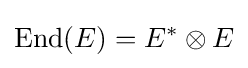
\mathrm {End} (E)=E^{*}\otimes E